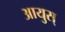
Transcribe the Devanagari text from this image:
आयुस्